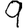
Digit: 9